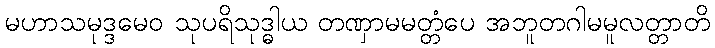
မဟာသမုဒ္ဒမေဝ သုပရိသုဒ္ဓါယ တဏှာမမတ္တံပေ အဘူတဂါမမူလတ္တာတိ